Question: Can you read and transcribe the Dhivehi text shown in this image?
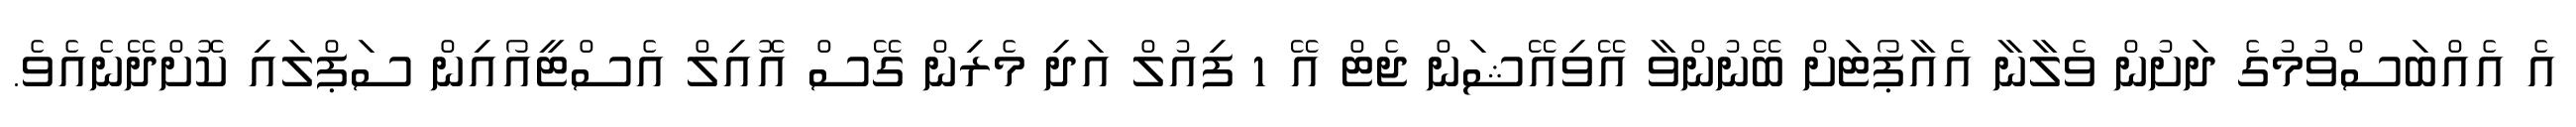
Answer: އެ އެއްބަސްވުމުގެ ދަށުން ވެލާނާ އެއާޕޯޓަށް ބޭނުންވާ އޭވިއޭޝަން ޖެޓް އޭ 1 ފިއުލް އަދި މެރިން ގޭސް އޮއިލް އެސްޓީއޯއިން ސަޕްލައި ކޮށްދޭނެއެވެ.